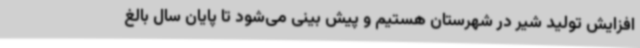
افزایش تولید شیر در شهرستان هستیم و پیش بینی می‌شود تا پایان سال بالغ